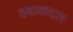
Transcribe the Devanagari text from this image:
हबाकदल